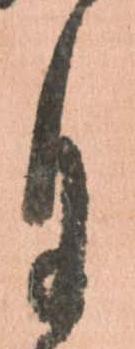
月